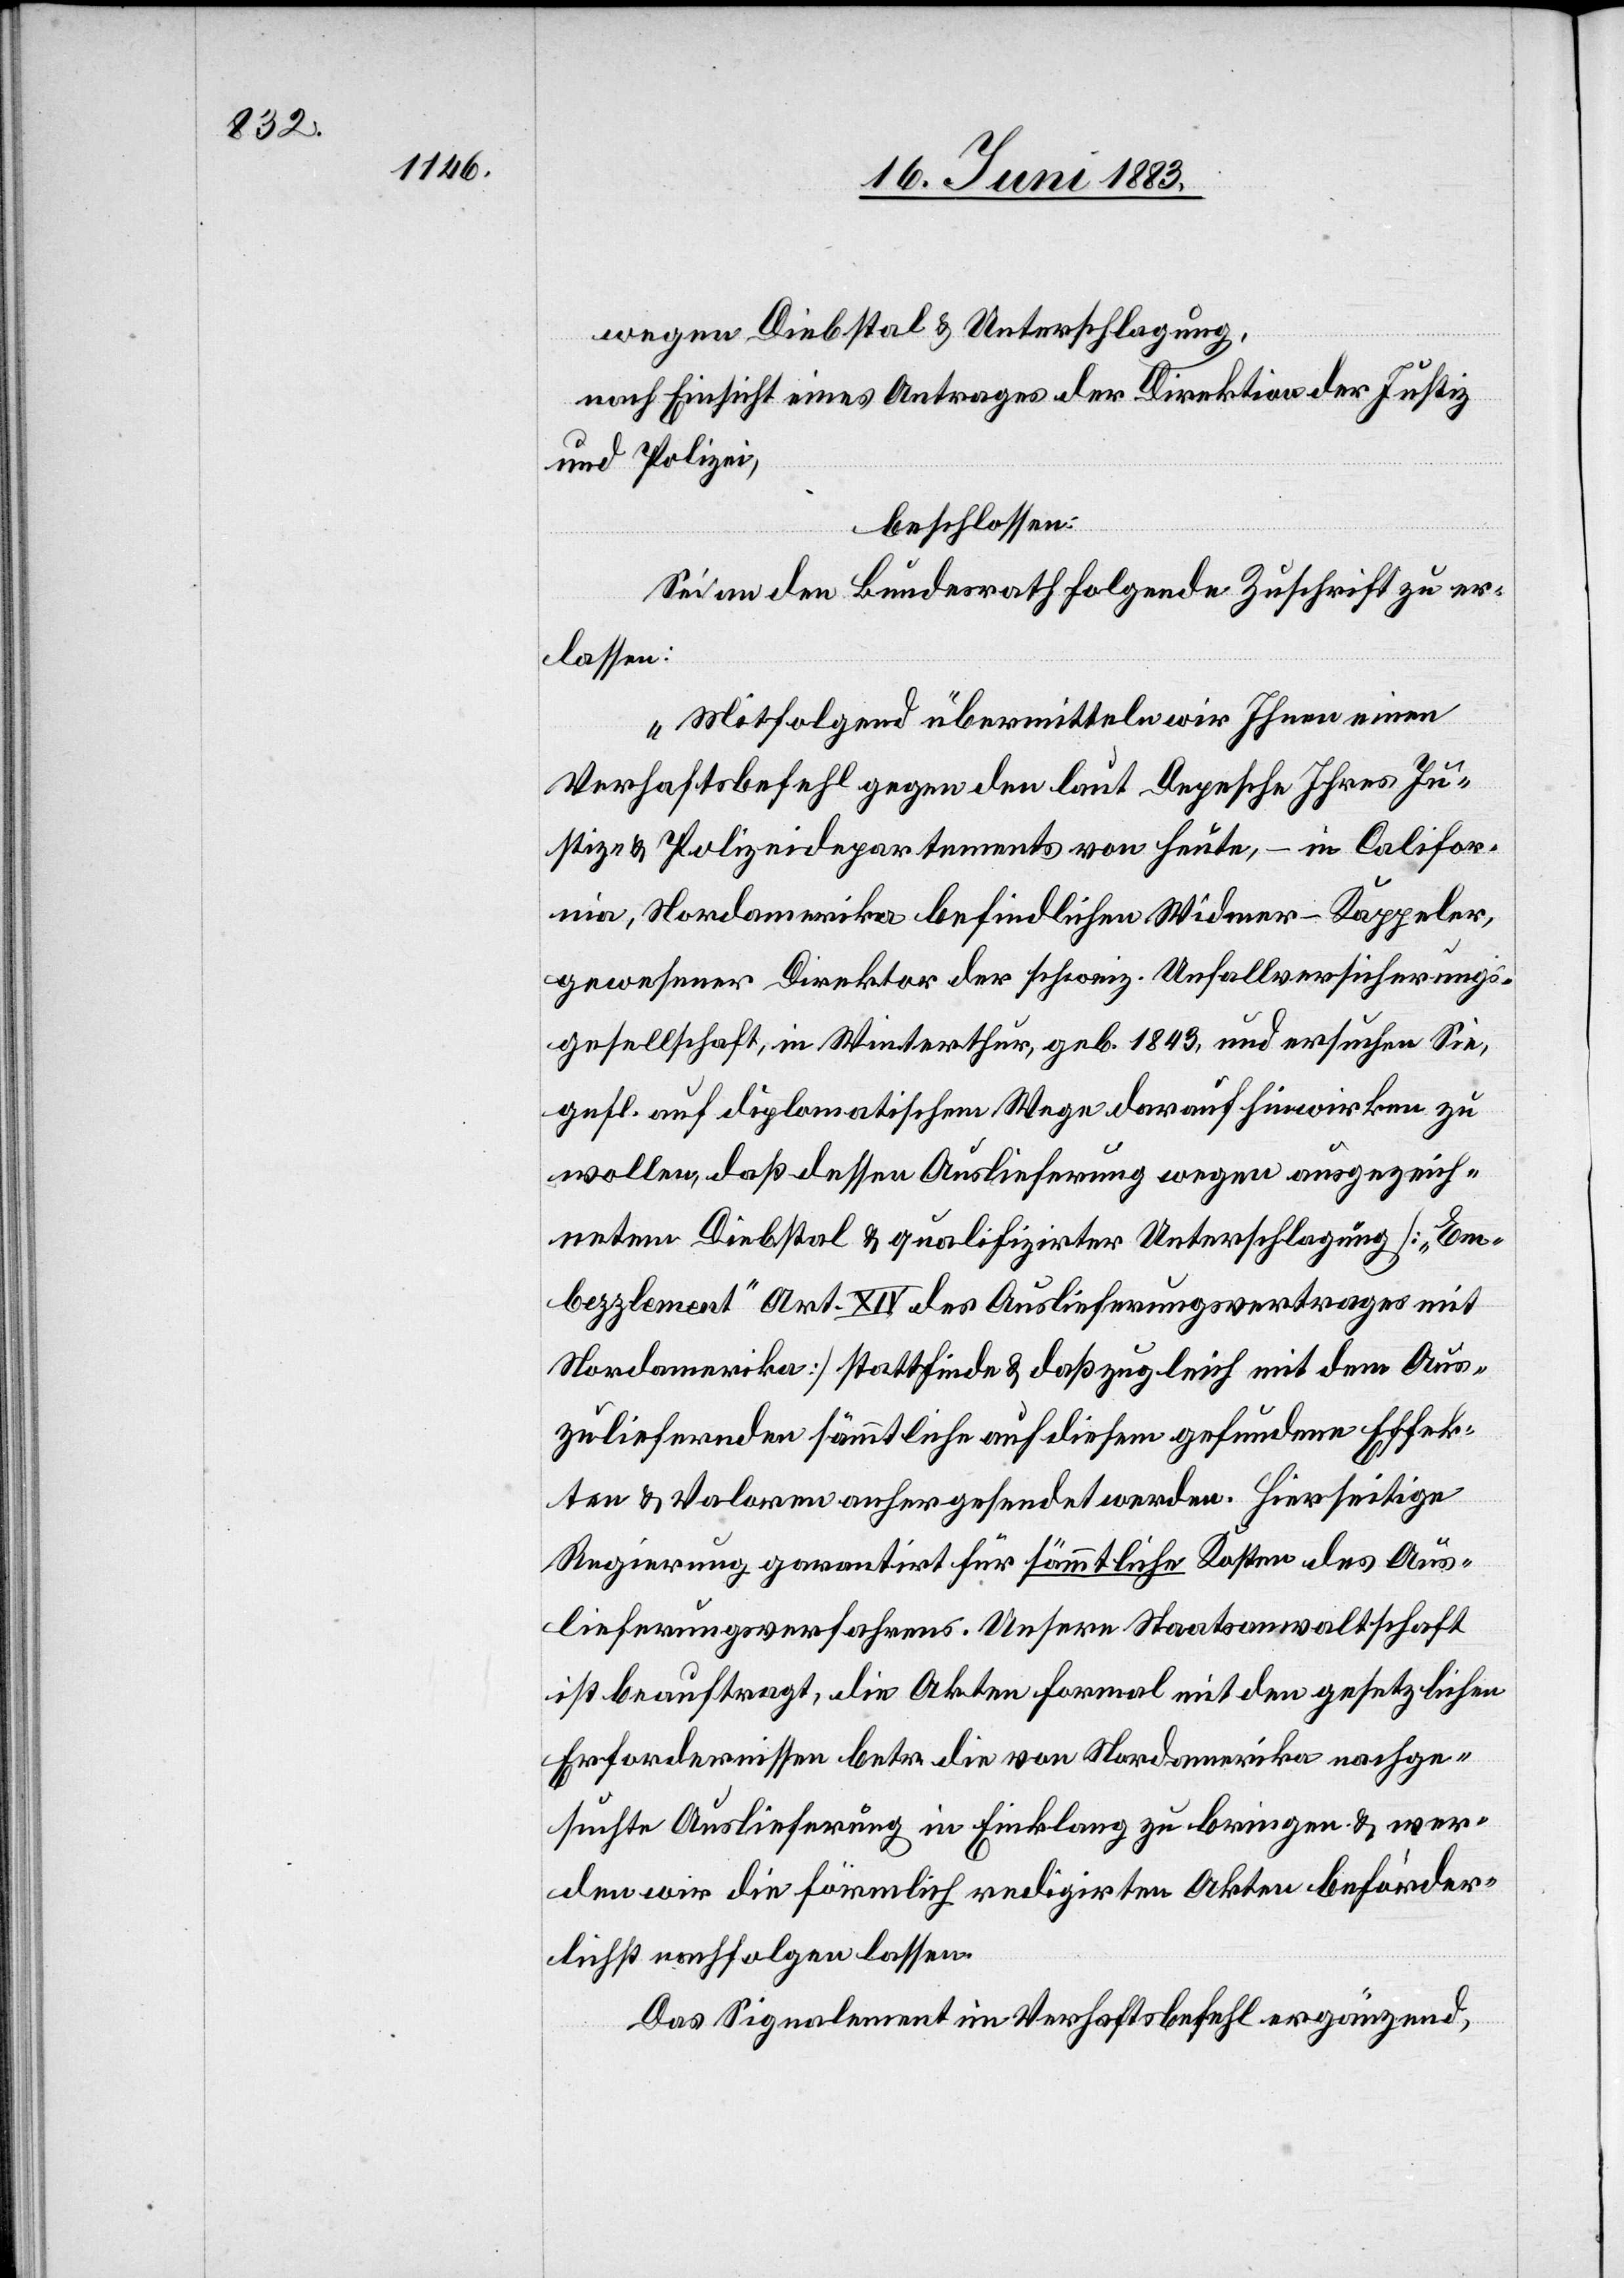
wegen Diebstal & Unterschlagung,
nach Einsicht eines Antrages der Direktion der Justiz
beschlossen:
Sei an den Bundesrath folgende Zuschrift zu er¬
lassen:
„Mitfolgend übermitteln wir Ihnen einen
Verhaftsbefehl gegen den laut Depesche Ihrer Ju¬
stiz- & Polizeidirektion von heute, – in Califor¬
nia, Nordamerika befindlichen Widmer-Kappeler,
gewesener Direktor der schweiz. Unfallversicherungs¬
gesellschaft, in Winterthur, geb. 1843, und ersuchen Sie,
gefl. auf diplomatischem Wege darauf hinwirken zu
wollen, daß dessen Auslieferung wegen ausgezeich¬
netem Diebstal & qualifizirter Unterschlagung [„Em¬
bezzlement“ Art. XIV des Auslieferungsvertrages mit
Nordamerika] stattfinde & daß zugleich mit dem Aus¬
zuliefernden sämmtliche auf diesem gefundene Effek¬
Polizei,
ten & Valoren anhergesendet werden. Hierseitige
Regierung garantirt für sämmtliche Kosten des Aus¬
lieferungsverfahrens. Unsere Staatsanwaltschaft
ist beauftragt, die Akten formal mit den gesetzlichen
Erfordernissen betr. die von Nordamerika nachge¬
suchte Auslieferung in Einklang zu bringen & wer¬
den wir die förmlich redigirten Akten beförder¬
lichst nachfolgen lassen.
Das Signalement im Verhaftsbefehl ergänzend,